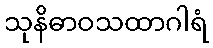
သုနိဓာဝသထာဂါရံ